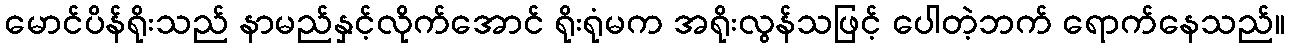
မောင်ပိန်ရိုးသည် နာမည်နှင့်လိုက်အောင် ရိုးရုံမက အရိုးလွန်သဖြင့် ပေါတဲ့ဘက် ရောက်နေသည်။